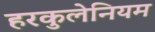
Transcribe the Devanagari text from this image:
हरकुलेनियम